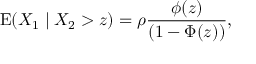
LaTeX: \operatorname { E } ( X _ { 1 } \mid X _ { 2 } > z ) = \rho { \frac { \phi ( z ) } { ( 1 - \Phi ( z ) ) } } ,